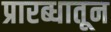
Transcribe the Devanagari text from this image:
प्रारब्धातून